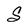
Character: S